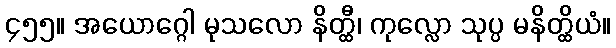
၄၅၅။ အယောဂ္ဂေါ မုသလော နိတ္ထီ၊ ကုလ္လော သုပ္ပ မနိတ္ထိယံ။